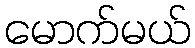
မောက်မယ်